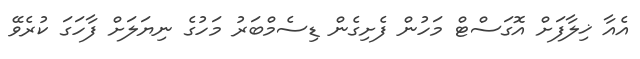
އެއާ ޚިލާފަށް އޮގަސްޓް މަހުން ފެށިގެން ޑިސެމްބަރު މަހުގެ ނިޔަލަށް ފާހަގަ ކުރެވޭ